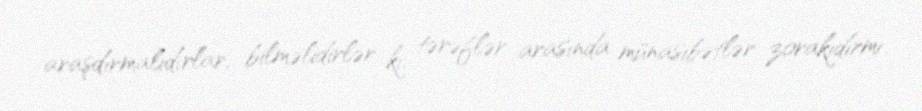
araşdırmalıdırlar, bilməlidirlər ki, tərəflər arasında münasibətlər zorakıdırmı